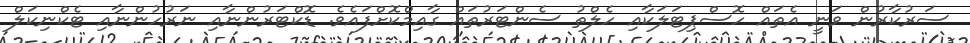
ސަރުކާރުން ވަނީ އެތައް ހޮސްޕިޓަލަކާއި ހެލްތު ސެންޓަރުތައް ގާއިމްކޮށްފައެވެ. ޑޮކްޓަރުންނާއި ނަރުހުންނާއި ޓެކްނިކަލް